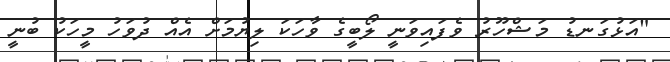
"އަޅުގަނޑު މަޝްހޫރު ވެފައިވަނީ ލޯބީގެ ވާހަކަ ލިޔުމަށް އެއް ދުވަހު މީހަކު ބުނީ